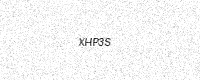
Text: XHP3S